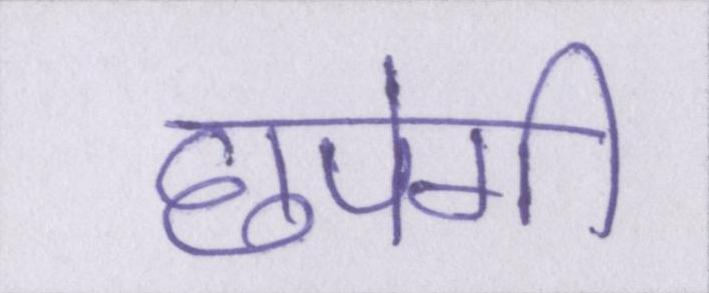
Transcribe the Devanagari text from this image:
छपेगी